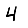
Digit: 4